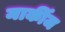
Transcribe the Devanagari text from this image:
मार्कीज